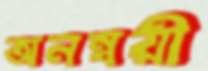
অনন্বয়ী